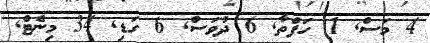
4 މަސް